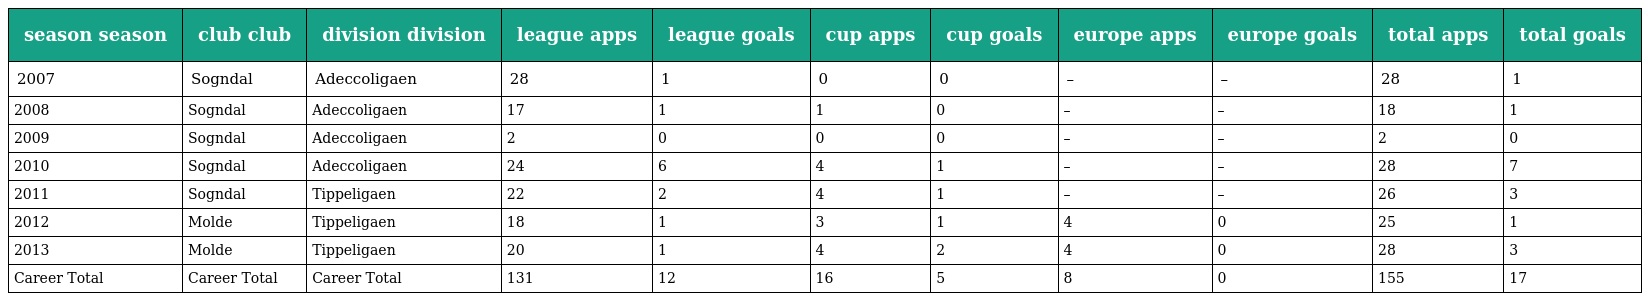
| season season | club club | division division | league apps | league goals | cup apps | cup goals | europe apps | europe goals | total apps | total goals |
 | --- | --- | --- | --- | --- | --- | --- | --- | --- | --- | --- |
 | 2007 | Sogndal | Adeccoligaen | 28 | 1 | 0 | 0 | – | – | 28 | 1 |
 | 2008 | Sogndal | Adeccoligaen | 17 | 1 | 1 | 0 | – | – | 18 | 1 |
 | 2009 | Sogndal | Adeccoligaen | 2 | 0 | 0 | 0 | – | – | 2 | 0 |
 | 2010 | Sogndal | Adeccoligaen | 24 | 6 | 4 | 1 | – | – | 28 | 7 |
 | 2011 | Sogndal | Tippeligaen | 22 | 2 | 4 | 1 | – | – | 26 | 3 |
 | 2012 | Molde | Tippeligaen | 18 | 1 | 3 | 1 | 4 | 0 | 25 | 1 |
 | 2013 | Molde | Tippeligaen | 20 | 1 | 4 | 2 | 4 | 0 | 28 | 3 |
 | Career Total | Career Total | Career Total | 131 | 12 | 16 | 5 | 8 | 0 | 155 | 17 |